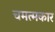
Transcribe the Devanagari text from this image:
चमत्मकार